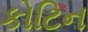
કોટિન